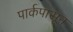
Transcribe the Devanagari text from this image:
पार्कपासून